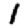
Digit: 1